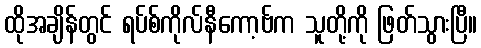
ထိုအချိန်တွင် ရပ်စ်ကိုလ်နီကော့ဗ်က သူတို့ကို ဖြတ်သွားပြီ။